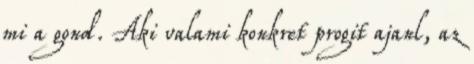
mi a gond. Aki valami konkret progit ajanl, az